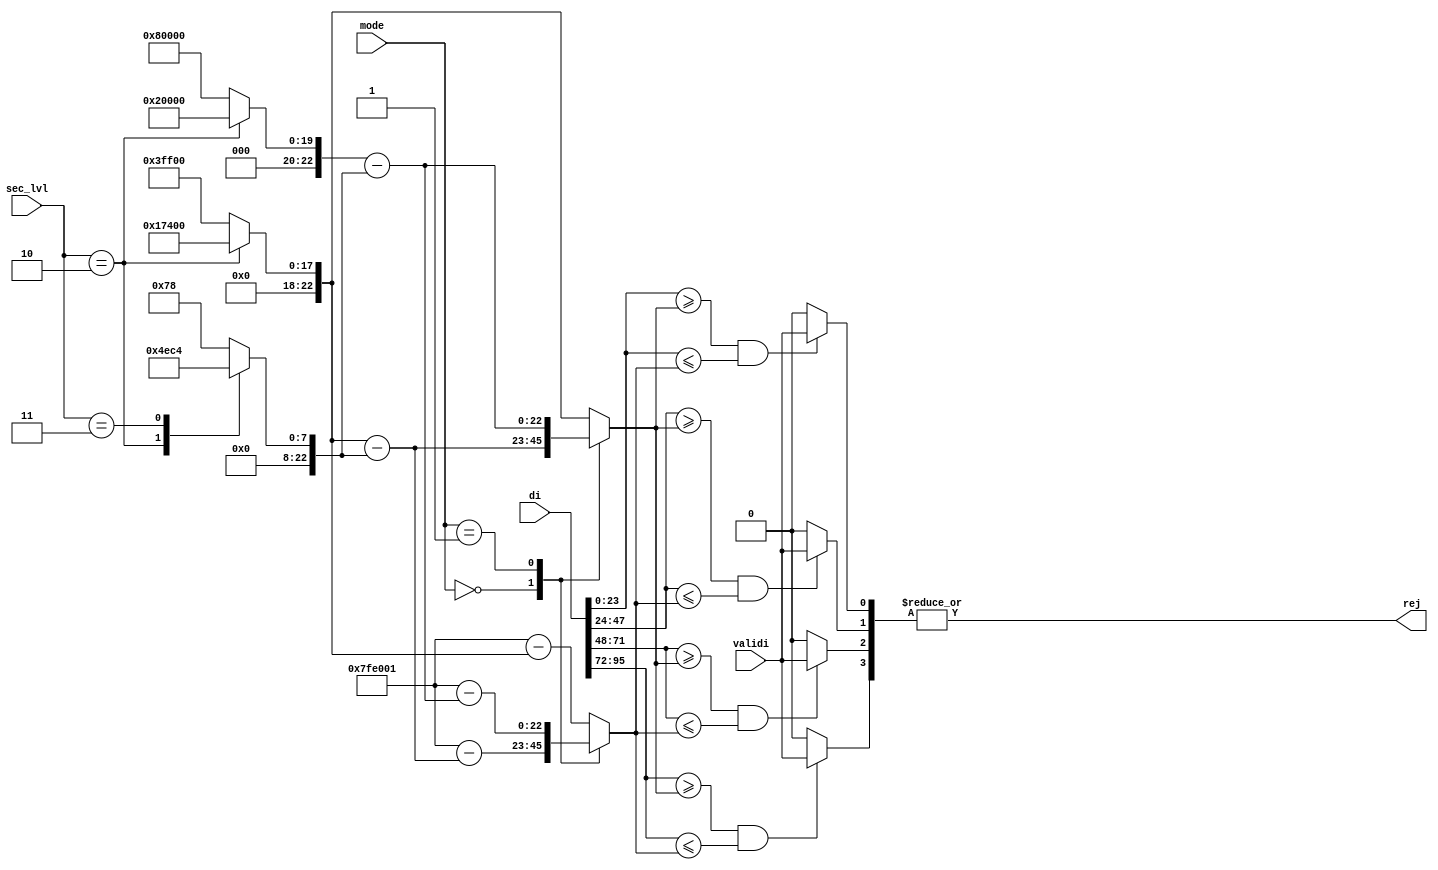
/*
 * From our research paper "High-Performance Hardware Implementation of CRYSTALS-Dilithium"
 * by Luke Beckwith, Duc Tri Nguyen, Kris Gaj
 * at George Mason University, USA
 * https://eprint.iacr.org/2021/1451.pdf
 * =============================================================================
 * Copyright (c) 2021 by Cryptographic Engineering Research Group (CERG)
 * ECE Department, George Mason University
 * Fairfax, VA, U.S.A.
 * Licensed under the Apache License, Version 2.0 (the "License");
 * you may not use this file except in compliance with the License.
 * You may obtain a copy of the License at
 *     http://www.apache.org/licenses/LICENSE-2.0
 * Unless required by applicable law or agreed to in writing, software
 * distributed under the License is distributed on an "AS IS" BASIS,
 * WITHOUT WARRANTIES OR CONDITIONS OF ANY KIND, either express or implied.
 * See the License for the specific language governing permissions and
 * limitations under the License.
 * =============================================================================
 * @author   Luke Beckwith <lbeckwit@gmu.edu>
 */


`timescale 1ns / 1ps

module norm_check(
    input [2:0] sec_lvl,
    input [1:0] mode,
    input validi,
    input [95:0] di,
    output reg rej
    );
    
    reg [3:0] rej_lane;
    integer i;
    
    localparam
        G2_SUB_BETA = 3'd0,
        G1_SUB_BETA = 3'd1,
        G2          = 3'd2;
    
    localparam
        Q            = 23'd8380417,
        GAMMA1_LVL2  = 23'd131072,
        GAMMA1_LVL35 = 23'd524288,
        GAMMA2_LVL2  = 23'd95232,
        GAMMA2_LVL35 = 23'd261888,
        BETA2        = 23'd78,
        BETA3        = 23'd196,
        BETA5        = 23'd120;
    
    reg [22:0] GAMMA1;
    reg [22:0] GAMMA2;
    reg [22:0] BETA;
    
    reg [22:0] COND_UPPER, COND_LOWER;
    
    always @(*) begin
        
        case(sec_lvl)
        2: begin
            GAMMA1 = GAMMA1_LVL2;
            GAMMA2 = GAMMA2_LVL2;
        end
        default: begin
            GAMMA1 = GAMMA1_LVL35;
            GAMMA2 = GAMMA2_LVL35;
        end
        endcase
    
        case(sec_lvl)
        2: begin
            BETA = BETA2;
        end
        3: begin
            BETA = BETA3;
        end
        default: begin
            BETA = BETA5;
        end
        endcase
        
        case(mode)
        G2_SUB_BETA: begin
            COND_UPPER = GAMMA2 - BETA;
            COND_LOWER = Q - (GAMMA2 - BETA);
        end
        G1_SUB_BETA: begin
            COND_UPPER = GAMMA1 - BETA;
            COND_LOWER = Q - (GAMMA1 - BETA);
        end
        default: begin //G2
            COND_UPPER = GAMMA2;
            COND_LOWER = Q - (GAMMA2);
        end
        endcase
        
        rej_lane = 0;
        for (i = 0; i < 4; i = i + 1) begin
            if (di[i*24+:24] >= COND_UPPER && di[i*24+:24] <= COND_LOWER)
                rej_lane[i] = validi;
        end
    
        rej = |rej_lane;
    
    end
    
endmodule